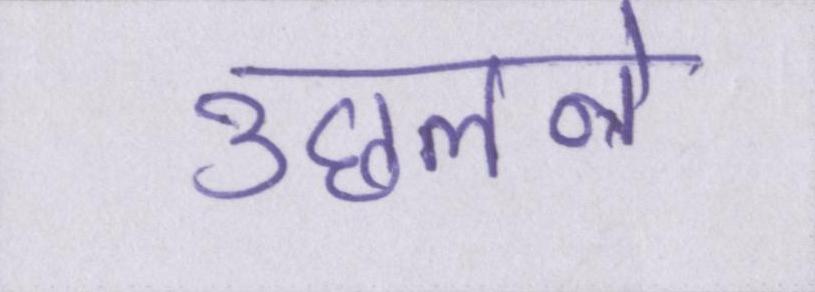
उछलने